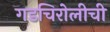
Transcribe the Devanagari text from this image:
गडचिरोलीची